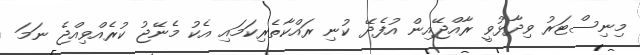
މިނިސްޓަރު ވިދާޅުވީ ރާއްޖޭއިން އުފެދޭ ކުނި ރައްކާތެރިކަމައި އެކު މެނޭޖު ކުރެއްވިއްޖެ ނަމަ